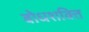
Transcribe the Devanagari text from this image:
बोधशक्ति